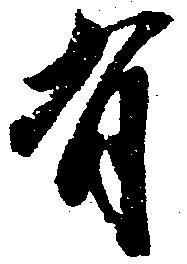
有